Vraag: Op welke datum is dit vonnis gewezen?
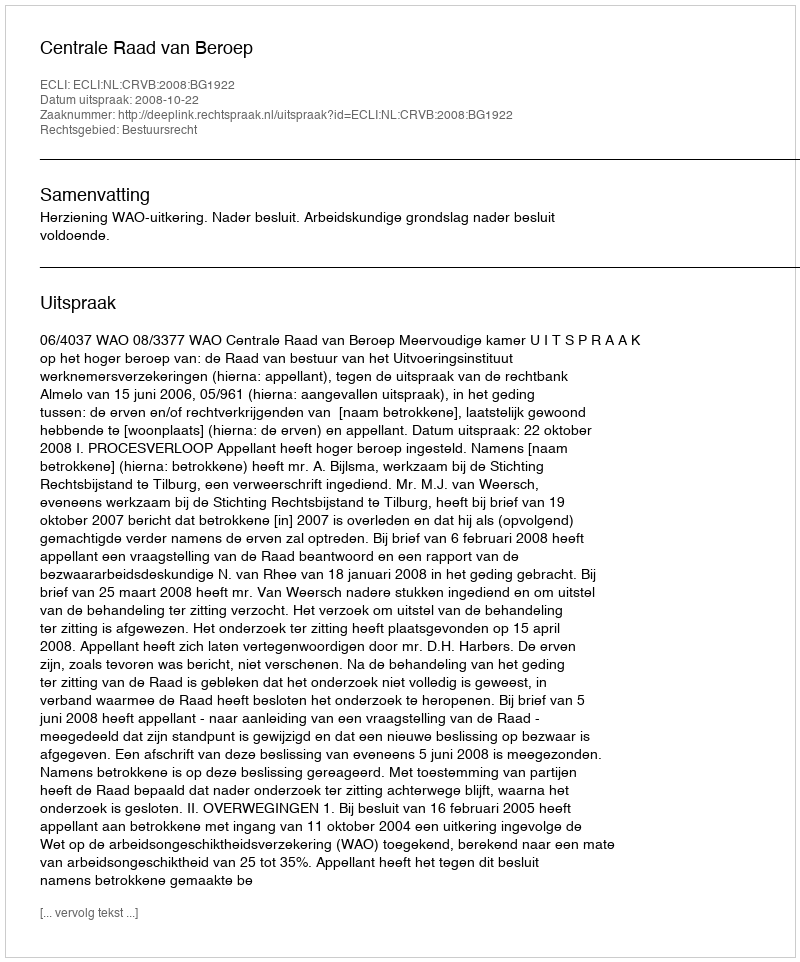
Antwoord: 2008-10-22